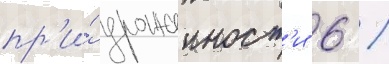
пр'и́ урожаиност'и 6 /